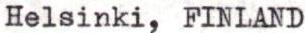
Helsinki, FINLAND